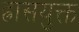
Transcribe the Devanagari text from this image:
ह्रासयुक्त